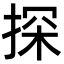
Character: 探